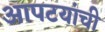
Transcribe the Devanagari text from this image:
आपटयांची